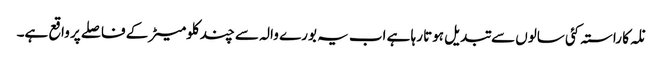
نلہ کا راستہ کئی سالوں سے تبدیل ہوتا رہا ہے اب یہ بورے والہ سے چند کلومیٹر کے فاصلے پر واقع ہے۔